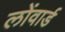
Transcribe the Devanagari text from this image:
लोंवार्ड